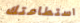
استطاعتك